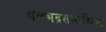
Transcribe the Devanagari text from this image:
बलभद्रसमाश्लिष्टः